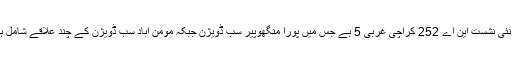
یہ نئی نشست این اے 252 کراچی غربی 5 ہے جس میں پورا منگھوپیر سب ڈویژن جبکہ مومن آباد سب ڈویژن کے چند علاقے شامل ہیں۔